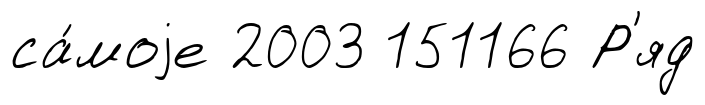
са́моjе 2003 151166 Р'яд